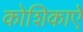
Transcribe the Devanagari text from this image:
कोशिकाऐ